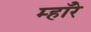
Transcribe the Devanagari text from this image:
म्हाँरे